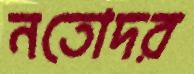
নতোদর